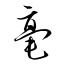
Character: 毫